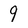
Character: 9